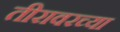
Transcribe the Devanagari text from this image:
तीरावरच्या